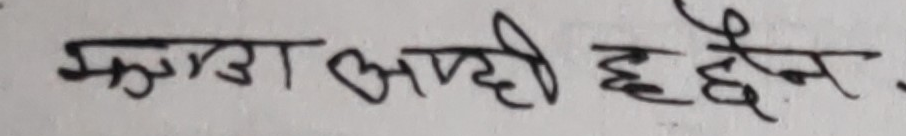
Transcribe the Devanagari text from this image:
मुगटा आफ्नै हुन्छन .